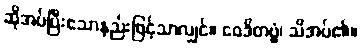
ဆိုအပ်ပြီးသောနည်းဖြင့်သာလျှင်။ ဝေဒိတဗ္ဗံ၊ သိအပ်၏။